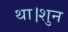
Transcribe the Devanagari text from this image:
था।शुन